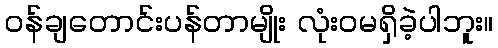
ဝန်ချတောင်းပန်တာမျိုး လုံးဝမရှိခဲ့ပါဘူး။